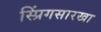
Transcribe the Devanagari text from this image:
स्प्रिंगसारखा